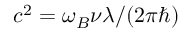
c ^ { 2 } = \omega _ { B } \nu \lambda / ( 2 \pi \hbar )